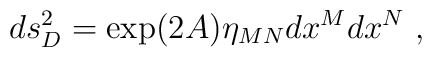
ds_D^2=\exp(2A)\eta_{MN} dx^M dx^N~,